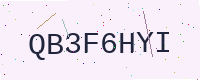
Text: QB3F6HYI